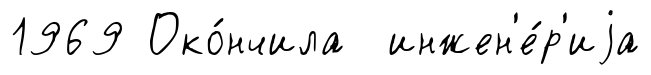
1969 Око́нчила инжен'е́р'иjа